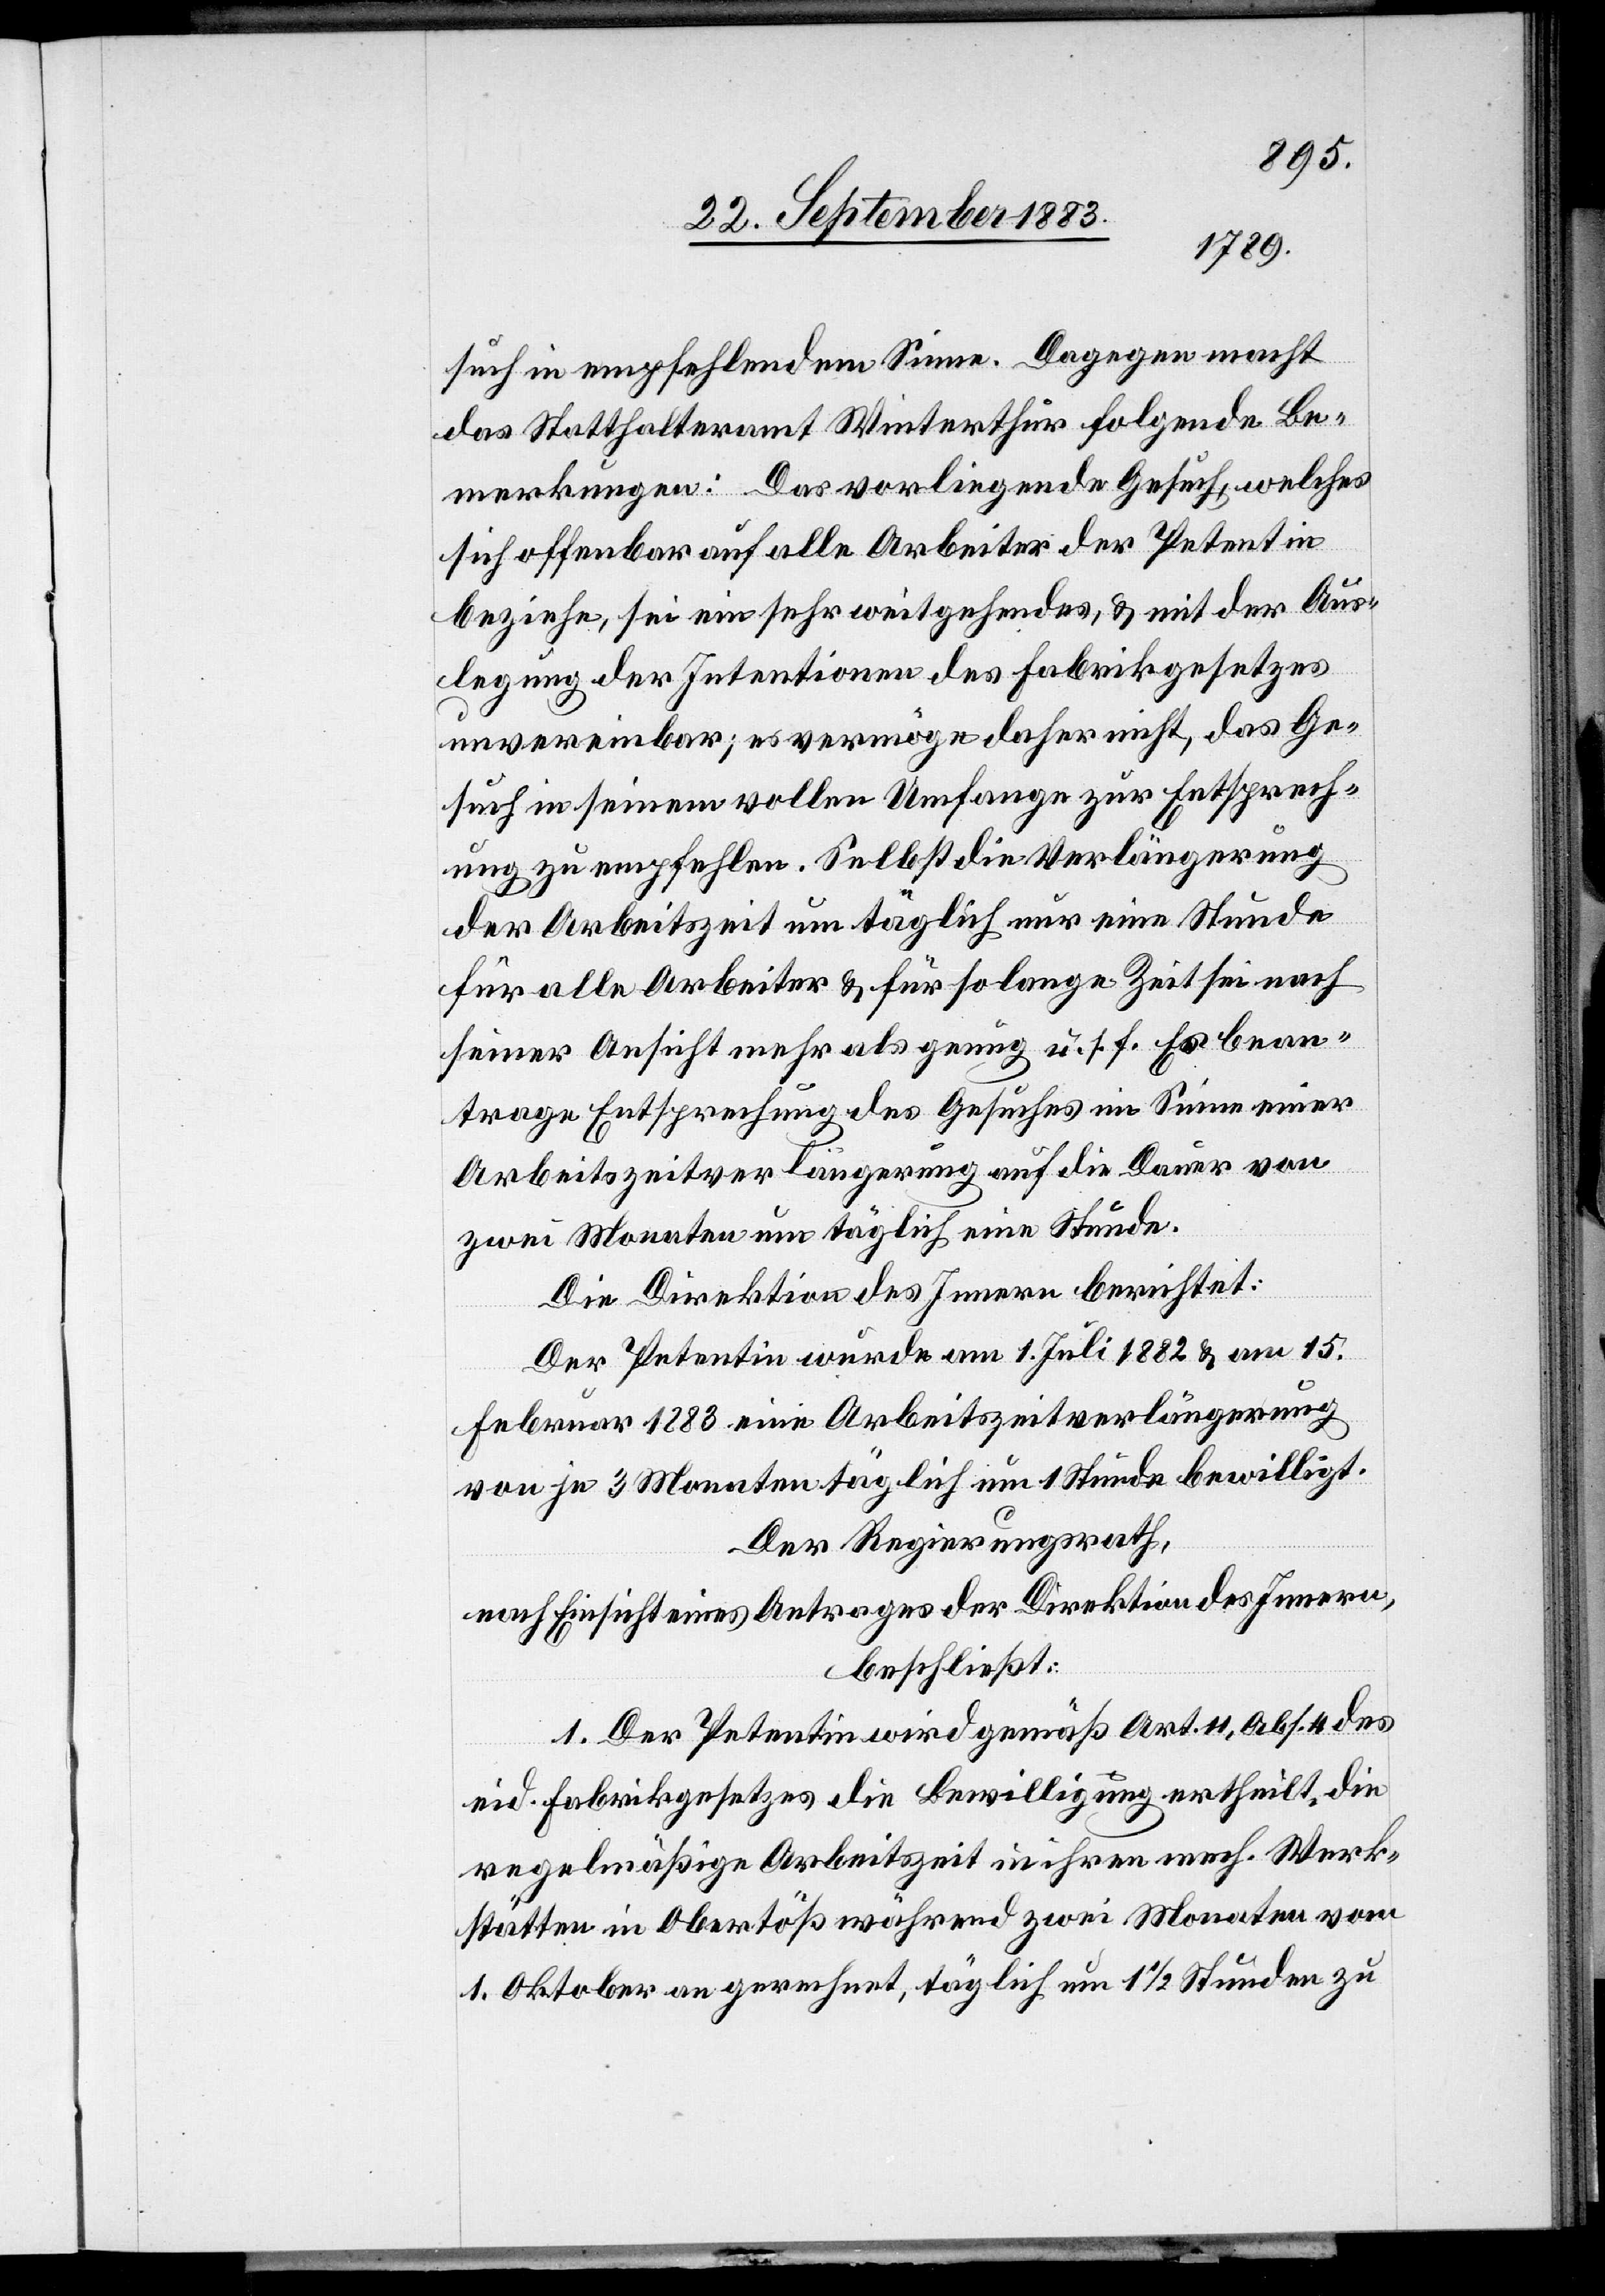
such in empfehlendem Sinne. Dagegen macht
das Statthalteramt Winterthur folgende Be¬
merkungen: Das vorliegende Gesuch, welches
sich offenbar auf alle Arbeiter der Petentin
beziehe, sei ein sehr weitgehendes, & mit der Aus¬
legung der Intentionen des Fabrikgesetzes
unvereinbar; es vermöge daher nicht, das Ge¬
such in seinem vollen Umfange zur Entsprech¬
ung zu empfehlen. Selbst die Verlängerung
der Arbeitszeit um täglich nur eine Stunde
für alle Arbeiter & für so lange Zeit sei nach
seiner Ansicht mehr als genug u. s. f. Es bean¬
trage Entsprechung des Gesuches im Sinne einer
Arbeitszeitverlängerung auf die Dauer von
zwei Monaten um täglich eine Stunde.
Die Direktion des Innern berichtet:
Der Petentin wurde am 1. Juli 1882 & am 15.
Februar 1883 eine Arbeitszeitverlängerung
von je 3 Monaten täglich um 1 Stunde bewilligt.
Der Regierungsrath,
nach Einsicht eines Antrages der Direktion des Innern,
beschließt:
1. Der Petentin wird gemäß Art. 11, Abs. 4 des
eid. Fabrikgesetzes die Bewilligung ertheilt, die
regelmäßige Arbeitszeit in ihren mech. Werk¬
stätten in Obertöß während zwei Monaten vom
1. Oktober an gerechnet, täglich um 1 1/2 Stunden zu